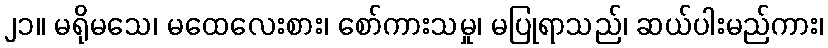
၂၁။ မရိုမသေ၊ မထေလေးစား၊ စော်ကားသမှု၊ မပြုရာသည်၊ ဆယ်ပါးမည်ကား၊